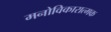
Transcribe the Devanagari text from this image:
मनोविकारात्मक